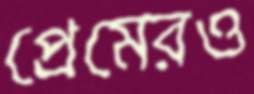
প্রেমেরও